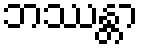
ဘဿန္တာ